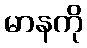
မာနကို